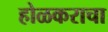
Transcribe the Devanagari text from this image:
होळकराचा